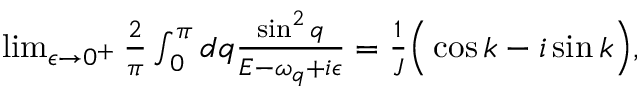
\begin{array} { r } { \operatorname* { l i m } _ { \epsilon \rightarrow 0 ^ { + } } \frac { 2 } { \pi } \int _ { 0 } ^ { \pi } d q \frac { \sin ^ { 2 } { q } } { E - \omega _ { q } + i \epsilon } = \frac { 1 } { J } \Big ( \cos { k } - i \sin { k } \Big ) , } \end{array}